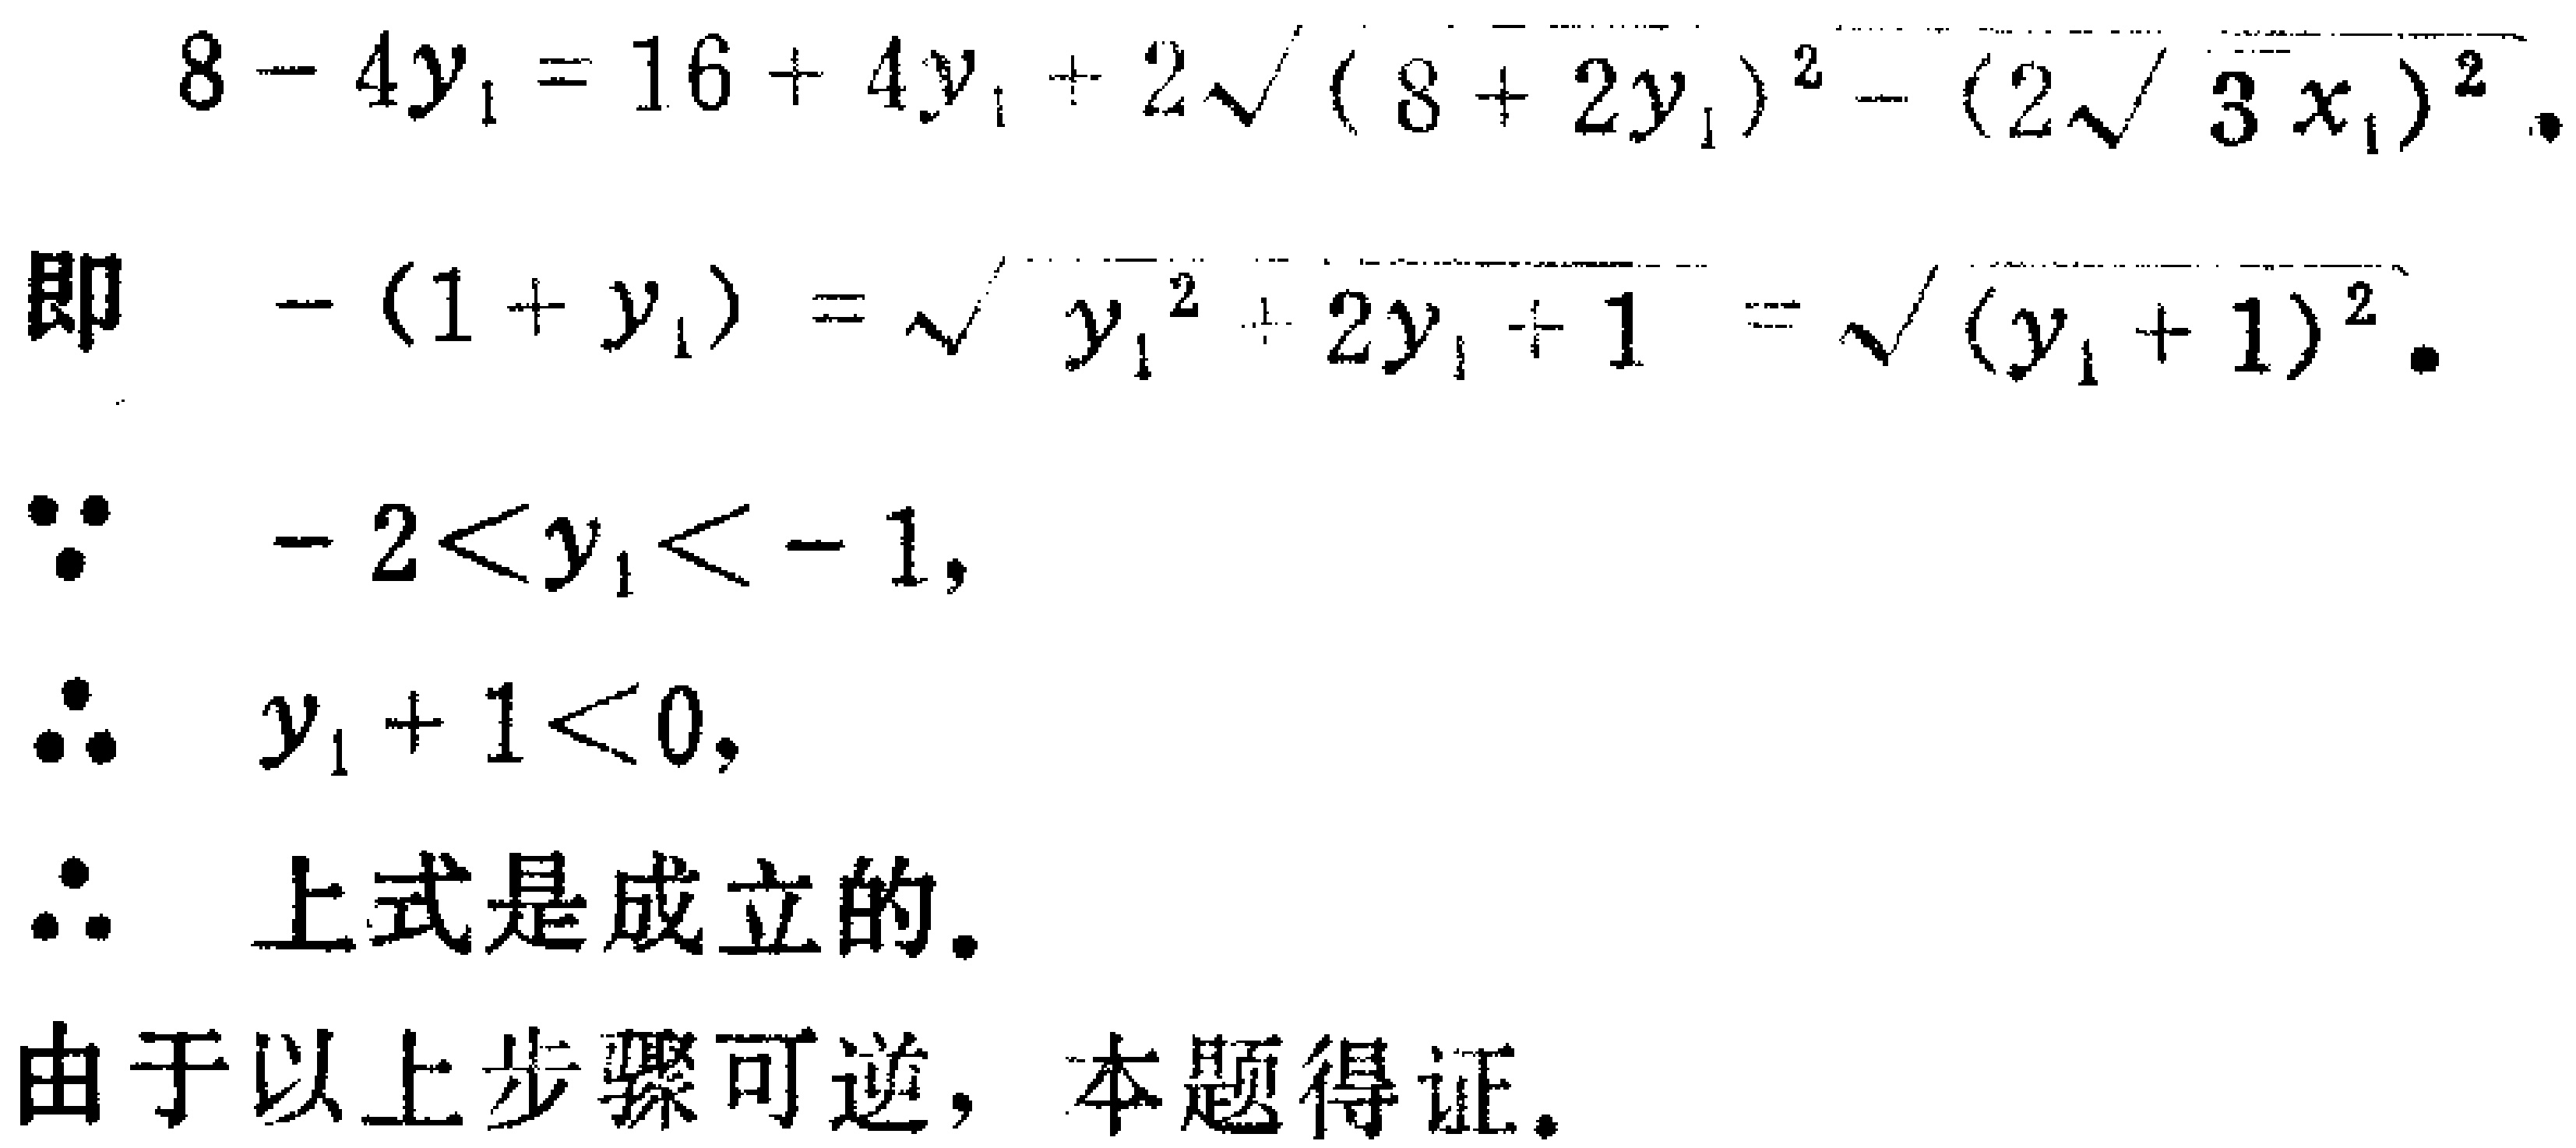
\[
\begin{align*}
8 - 4y_1&=16 + 4y_1+2\sqrt{(8 + 2y_1)^2-(2\sqrt{3}x_1)^2}\\
-(1 + y_1)&=\sqrt{y_1^2 + 2y_1+1}=\sqrt{(y_1 + 1)^2}
\end{align*}
\]
\(\because -2<y_1<-1\)，
\(\therefore y_1 + 1<0\)，
\(\therefore\)上式是成立的。
\(\therefore\)由于以上步骤可逆，本题得证。